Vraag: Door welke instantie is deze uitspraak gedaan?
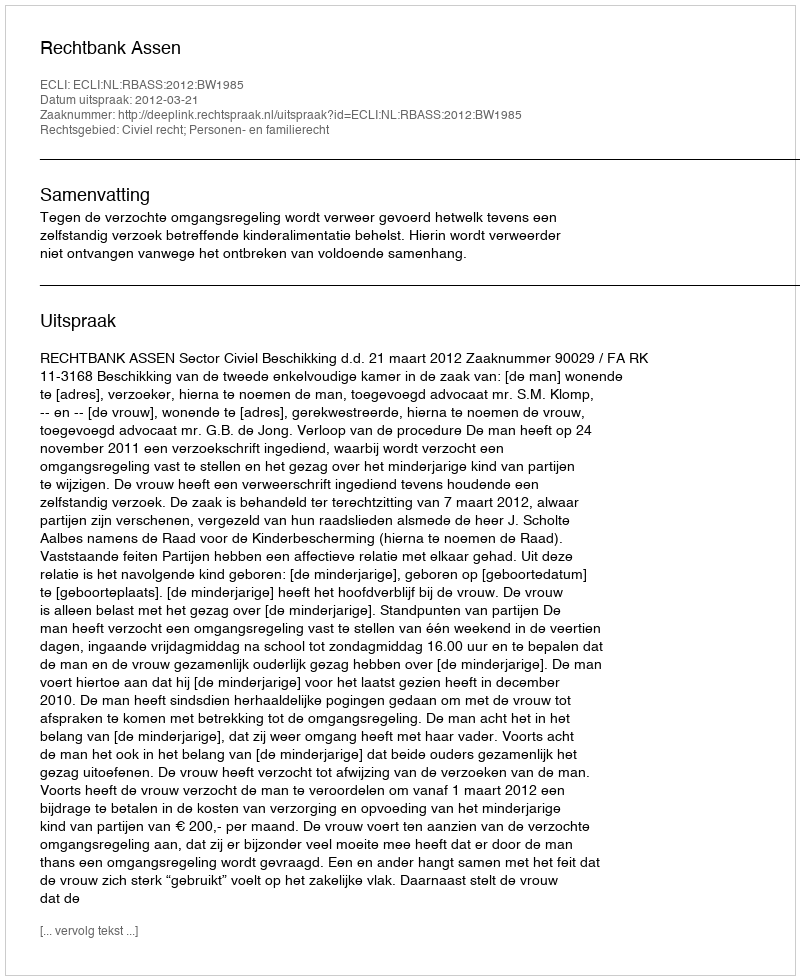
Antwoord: Rechtbank Assen